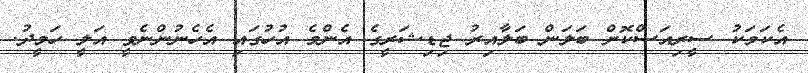
އެކަމަކު ސީރިއަސްކޮށް ބަލަން ބަލާއިރު ޖިޑިޝަރީގެ އެންމެ އުހުގައި އެހެނުންނެވީ އަލީ ހަމީދު.